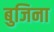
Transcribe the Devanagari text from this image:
बुजिना